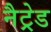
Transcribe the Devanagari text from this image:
नैट्रेड